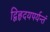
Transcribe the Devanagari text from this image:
द्विहृदयपर्यन्तं